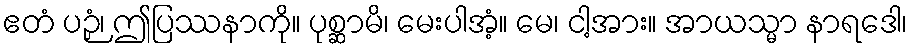
ဧတံ ပဉှံ၊ ဤပြဿနာကို။ ပုစ္ဆာမိ၊ မေးပါအံ့။ မေ၊ ငါ့အား။ အာယသ္မာ နာရဒေါ၊